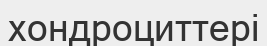
хондроциттері